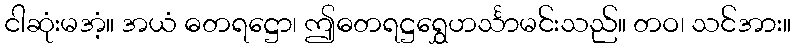
ငါဆုံးမအံ့။ အယံ ဓတရဋ္ဌော၊ ဤဓတရဋ္ဌရွှေဟင်္သာမင်းသည်။ တဝ၊ သင်အား။